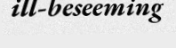
ill-beseeming